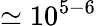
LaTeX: \mathrm{\simeq 10^{5-6}}